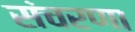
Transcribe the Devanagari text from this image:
संचरणा